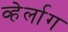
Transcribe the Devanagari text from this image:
व्हेर्लाग